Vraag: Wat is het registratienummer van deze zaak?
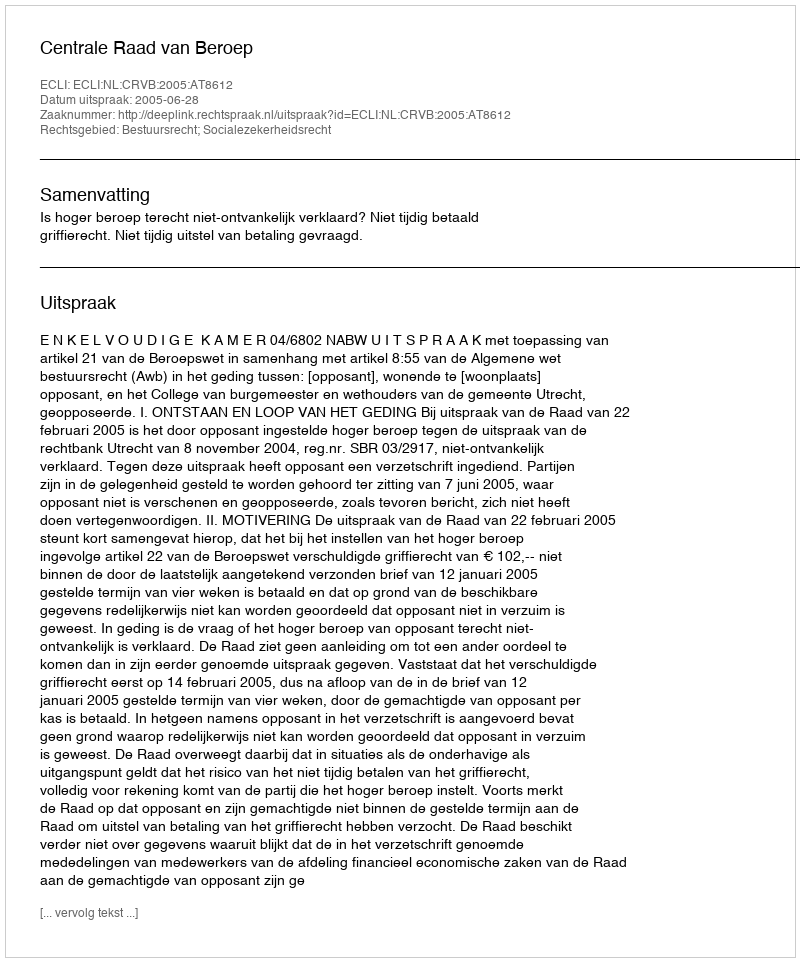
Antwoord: http://deeplink.rechtspraak.nl/uitspraak?id=ECLI:NL:CRVB:2005:AT8612